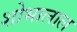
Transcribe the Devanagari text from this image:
शोभालाल